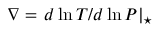
\nabla = \left. d \ln T / d \ln P \right| _ { \star }